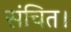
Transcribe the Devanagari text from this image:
संचित।